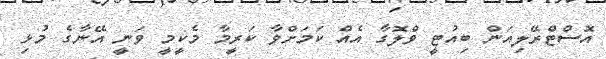
އޮސްޓްރޭލިއަން ބިއުޓީ ވްލޮގާ އެއް ކަމަށްވާ ކަރީމާ މެކީމީ ވަނީ އޭނާގެ މުޅި